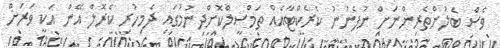
ވެސް ބެލުންތެރިންނަށް ނުފެނުނު ކެރެކްޓާއެއް ތަމްސީލްކޮށްދިނުމުގައި ދެމިހުރި ކެރޮލް އޭން އަކީ ވަރަށް